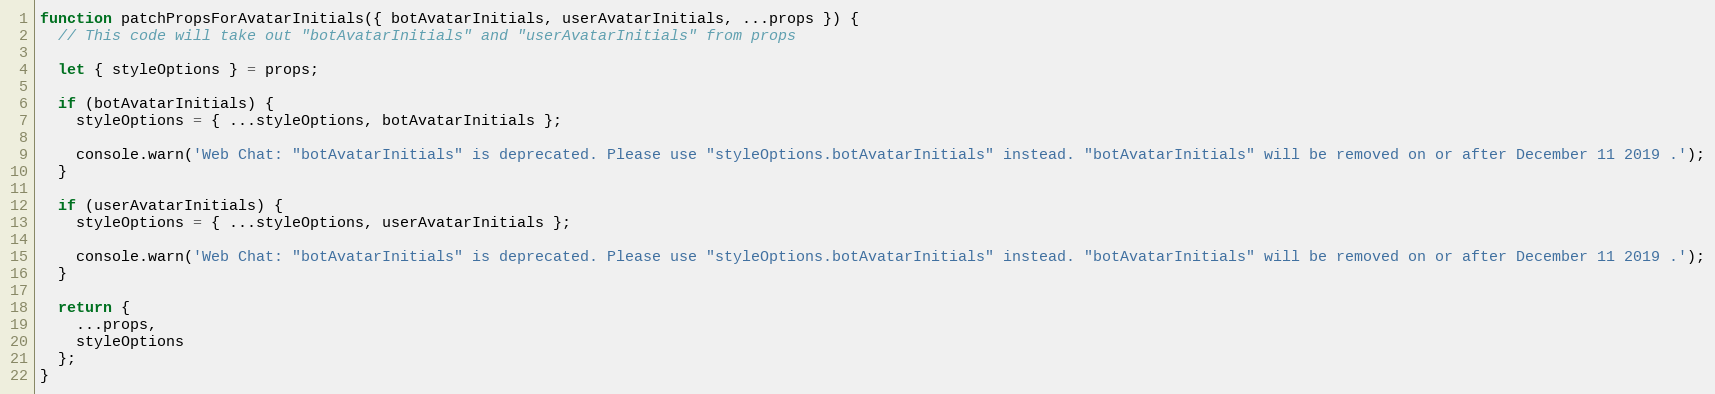
Language: JavaScript
function patchPropsForAvatarInitials({ botAvatarInitials, userAvatarInitials, ...props }) {
  // This code will take out "botAvatarInitials" and "userAvatarInitials" from props

  let { styleOptions } = props;

  if (botAvatarInitials) {
    styleOptions = { ...styleOptions, botAvatarInitials };

    console.warn('Web Chat: "botAvatarInitials" is deprecated. Please use "styleOptions.botAvatarInitials" instead. "botAvatarInitials" will be removed on or after December 11 2019 .');
  }

  if (userAvatarInitials) {
    styleOptions = { ...styleOptions, userAvatarInitials };

    console.warn('Web Chat: "botAvatarInitials" is deprecated. Please use "styleOptions.botAvatarInitials" instead. "botAvatarInitials" will be removed on or after December 11 2019 .');
  }

  return {
    ...props,
    styleOptions
  };
}